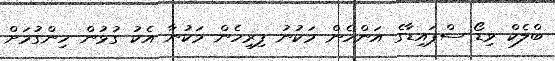
ބްލެކް ވިޑޯ ސްޕައިޑާގެ އަންހެން މަކުނު ފިރިހެން މަކުނާ އެކު ގުޅުން ހިންގުމަށް